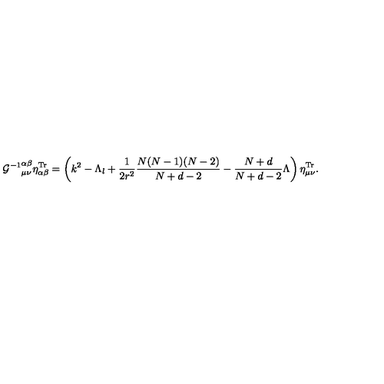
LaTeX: { { \cal G } ^ { - 1 } } _ { \mu \nu } ^ { \alpha \beta } \eta _ { \alpha \beta } ^ { \mathrm { T r } } = \left( k ^ { 2 } - \Lambda _ { l } + \frac { 1 } { 2 r ^ { 2 } } \frac { N ( N - 1 ) ( N - 2 ) } { N + d - 2 } - \frac { N + d } { N + d - 2 } \Lambda \right) \eta _ { \mu \nu } ^ { \mathrm { T r } } .